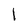
Character: 1